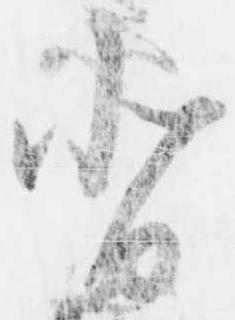
背